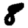
Digit: 8